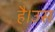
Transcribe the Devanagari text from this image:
है।उस